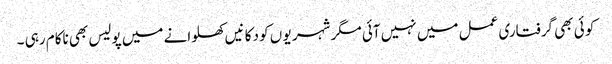
کو ئی بھی گرفتاری عمل میں نہیں آئی مگر شہر یو ں کو دکا نیں کھلوانے میں پولیس بھی ناکام رہی ۔